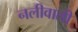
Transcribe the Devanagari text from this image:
नलीवाली